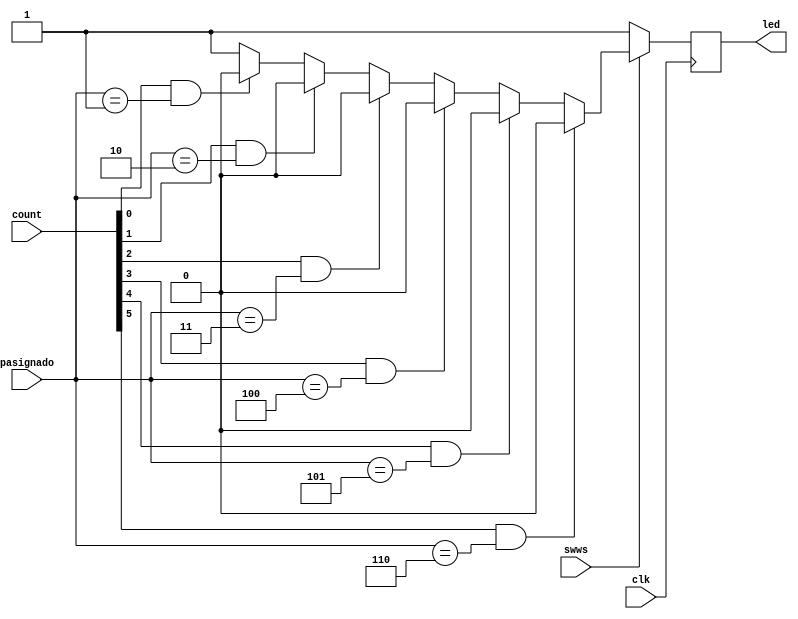
module switch(clk, led, pasignado, count, swws);

input clk;
input swws;
input [3:0]pasignado;
input [5:0]count;

output reg led = 1;

always@(posedge clk)begin

led = 1;

if(swws)begin

if(count[0] == 1 && pasignado == 4'b0001)
	led = 0;
if(count[1] == 1 && pasignado == 4'b0010)
	led = 0;
if(count[2] == 1 && pasignado == 4'b0011)
	led = 0;
if(count[3] == 1 && pasignado == 4'b0100)
	led = 0;
if(count[4] == 1 && pasignado == 4'b0101)
	led = 0;
if(count[5] == 1 && pasignado == 4'b0110)
	led = 0;		

end




end


endmodule